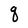
Character: q